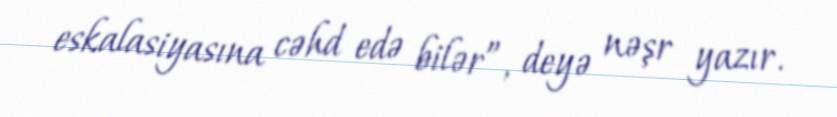
eskalasiyasına cəhd edə bilər”, deyə nəşr yazır.